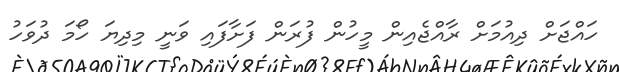
ހައްޖަށް ދިއުމަށް ރާއްޖެއިން މީހުން ފުރަން ފަށާފައި ވަނީ މިދިޔަ ހޯމަ ދުވަހު